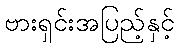
ဗားရှင်းအပြည့်နှင့်